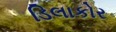
ડિલાકોર